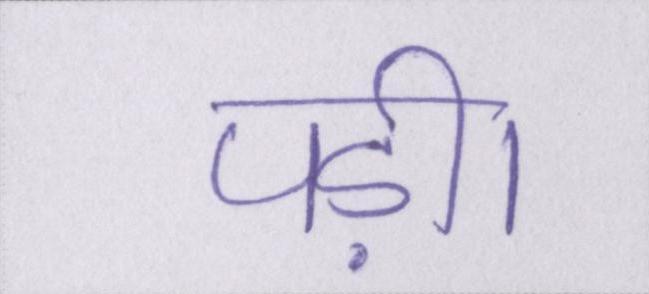
पड़ी।